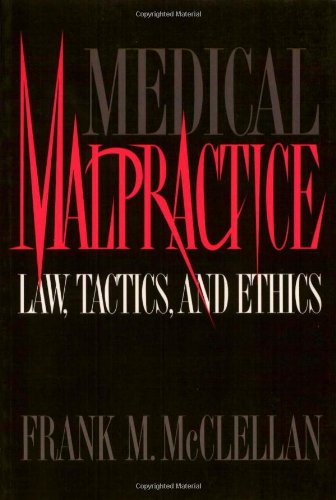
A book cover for Medical Malpractice: Law, Tactics, and Ethics; Frank Mcclellan; Law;